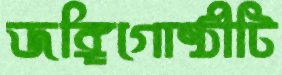
জঙ্গিগোষ্ঠীটি